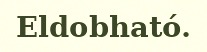
Eldobható.